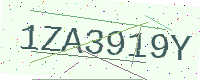
Text: 1ZA3919Y